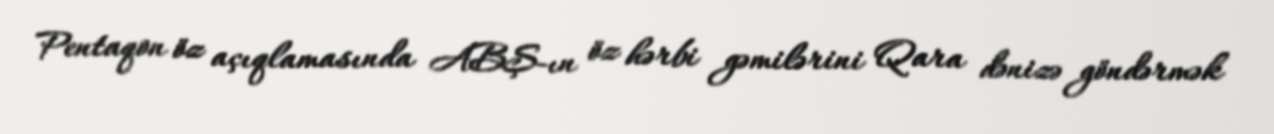
Pentaqon öz açıqlamasında ABŞ-ın öz hərbi gəmilərini Qara dənizə göndərmək